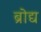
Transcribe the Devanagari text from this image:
ब्रोद्य